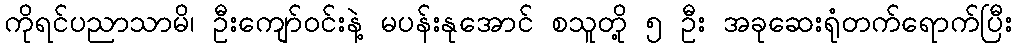
ကိုရင်ပညာသာမိ၊ ဦးကျော်ဝင်းနဲ့ မပန်းနုအောင် စသူတို့ ၅ ဦး အခုဆေးရုံတက်ရောက်ပြီး